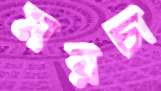
মরচা